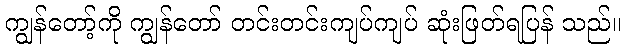
ကျွန်တော့်ကို ကျွန်တော် တင်းတင်းကျပ်ကျပ် ဆုံးဖြတ်ရပြန် သည်။